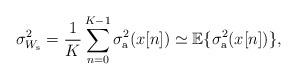
LaTeX: \begin{align*} \sigma_{W_{\rm s}}^2 =\frac{1}{K} \sum_{n=0}^{K-1} \sigma_{\rm a}^2(x[n]) \simeq \mathbb{E}\{\sigma_{\rm a}^2(x[n])\},\end{align*}